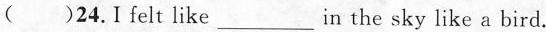
( )24.I felt like___in the sky like a bird.